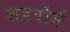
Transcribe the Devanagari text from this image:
शहरोंमें